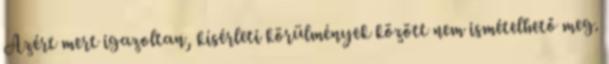
Azért mert igazoltan, kísérleti körülmények között nem ismételhető meg.